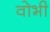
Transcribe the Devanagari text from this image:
वोभी